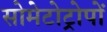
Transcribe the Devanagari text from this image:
सोमेटोट्रोपों